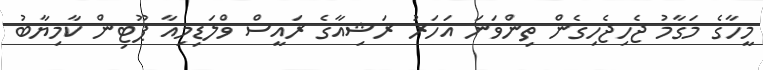
މީހާގެ މަގާމު ޖެހިޖެހިގެން ތިންވަނަ އަހަރު ރަޝިއާގެ ރައީސް ވްލަޑިމިއާ ޕޫޓިން ކާމިޔާބު